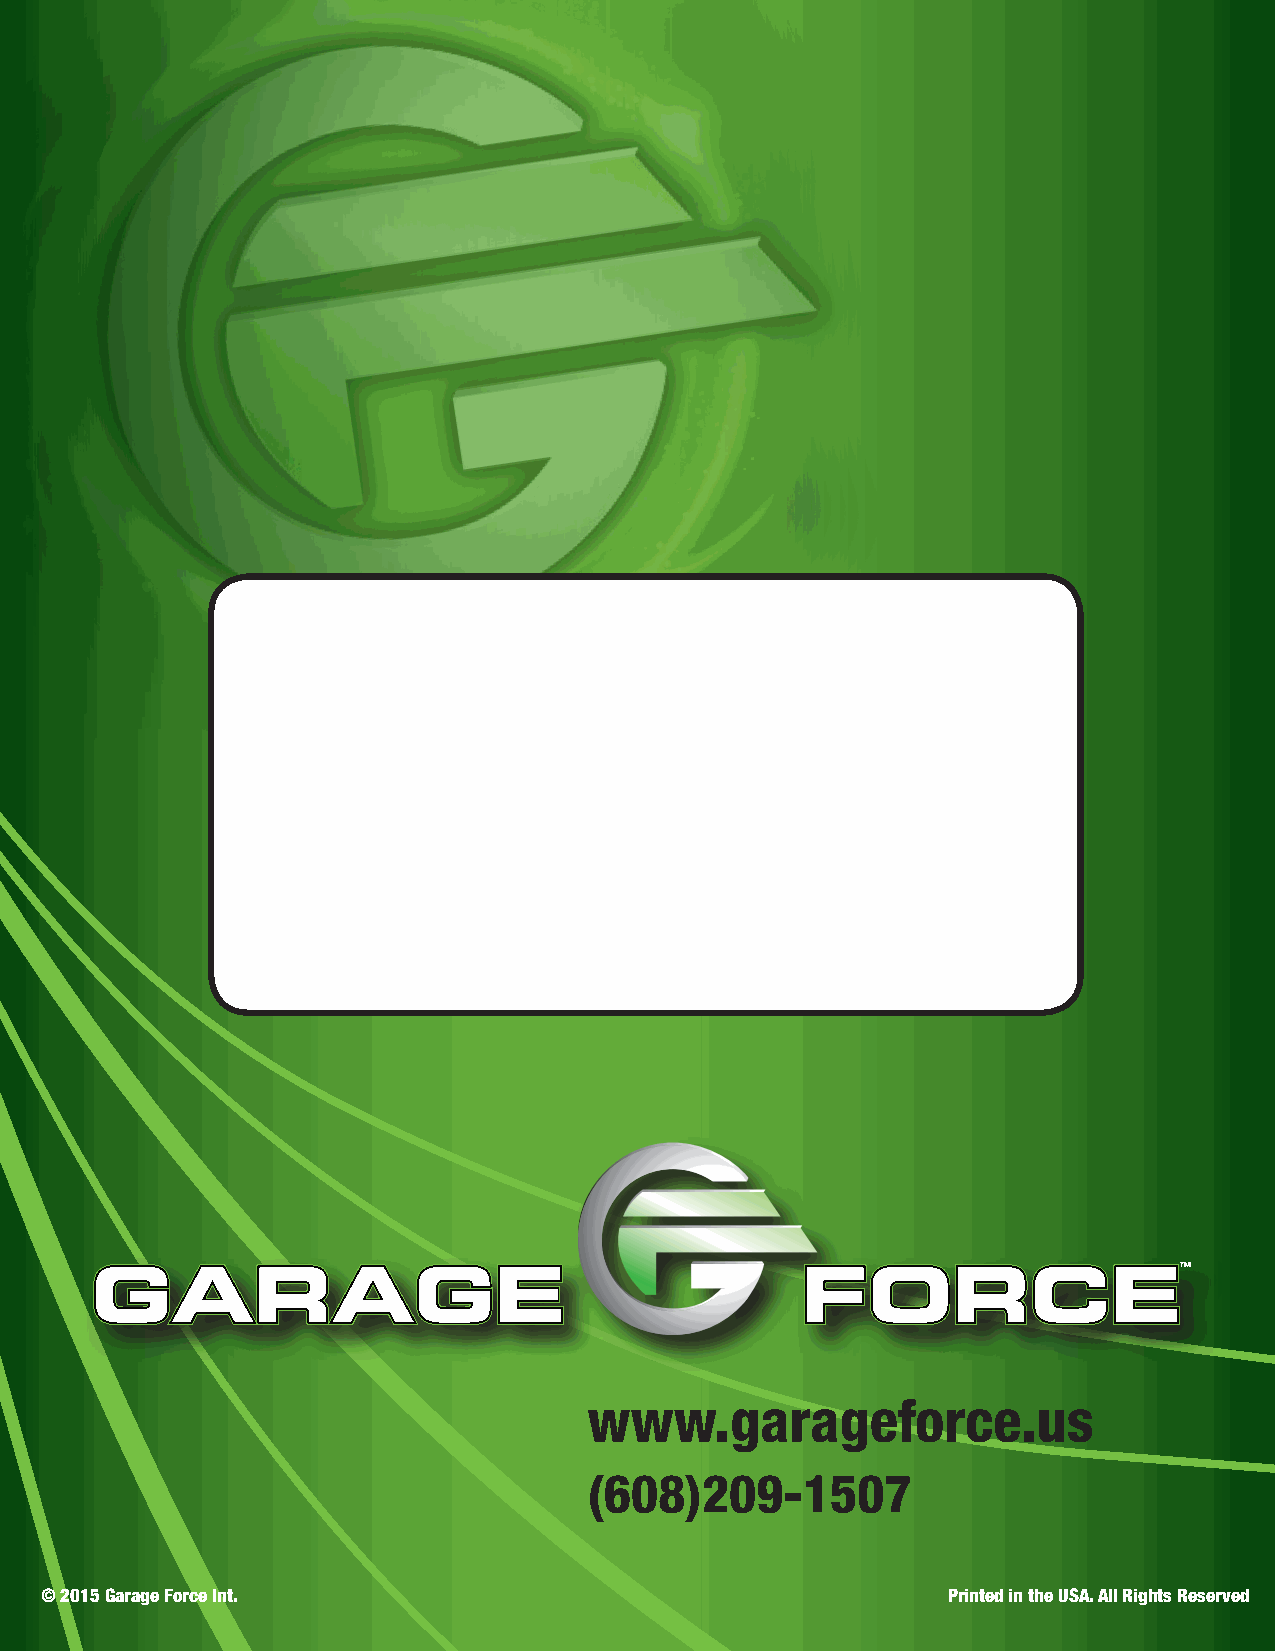
www.garageforce.us
 (608)209-1507
 © 2015 Garage Force Int.                                    Printed in the USA. All Rights Reserved